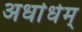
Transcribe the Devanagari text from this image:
अर्धार्धम्